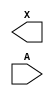
/**
 * Copyright 2020 The SkyWater PDK Authors
 *
 * Licensed under the Apache License, Version 2.0 (the "License");
 * you may not use this file except in compliance with the License.
 * You may obtain a copy of the License at
 *
 *     https://www.apache.org/licenses/LICENSE-2.0
 *
 * Unless required by applicable law or agreed to in writing, software
 * distributed under the License is distributed on an "AS IS" BASIS,
 * WITHOUT WARRANTIES OR CONDITIONS OF ANY KIND, either express or implied.
 * See the License for the specific language governing permissions and
 * limitations under the License.
 *
 * SPDX-License-Identifier: Apache-2.0
 */

`ifndef SKY130_FD_SC_LS__DLYGATE4SD3_BLACKBOX_V
`define SKY130_FD_SC_LS__DLYGATE4SD3_BLACKBOX_V

/**
 * dlygate4sd3: Delay Buffer 4-stage 0.50um length inner stage gates.
 *
 * Verilog stub definition (black box without power pins).
 *
 * WARNING: This file is autogenerated, do not modify directly!
 */

`timescale 1ns / 1ps
`default_nettype none

(* blackbox *)
module sky130_fd_sc_ls__dlygate4sd3 (
    X,
    A
);

    output X;
    input  A;

    // Voltage supply signals
    supply1 VPWR;
    supply0 VGND;
    supply1 VPB ;
    supply0 VNB ;

endmodule

`default_nettype wire
`endif  // SKY130_FD_SC_LS__DLYGATE4SD3_BLACKBOX_V